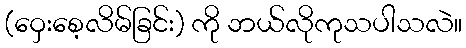
(ဝှေးစေ့လိမ်ခြင်း) ကို ဘယ်လိုကုသပါသလဲ။